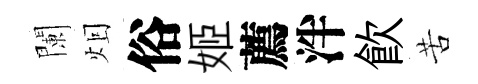
闌𤇆俗姬薦泮飮苦